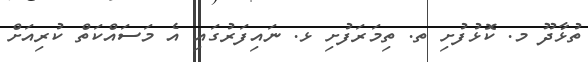
ތުޅާދޫ މ. ކޮޅުފުށި ތ. ތިމަރަފުށި ޅ. ނައިފަރުގައި އެ މަސައްކަތް ކުރިއަށް